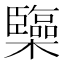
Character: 𰙅